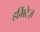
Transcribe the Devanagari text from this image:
हर्मिटेज़